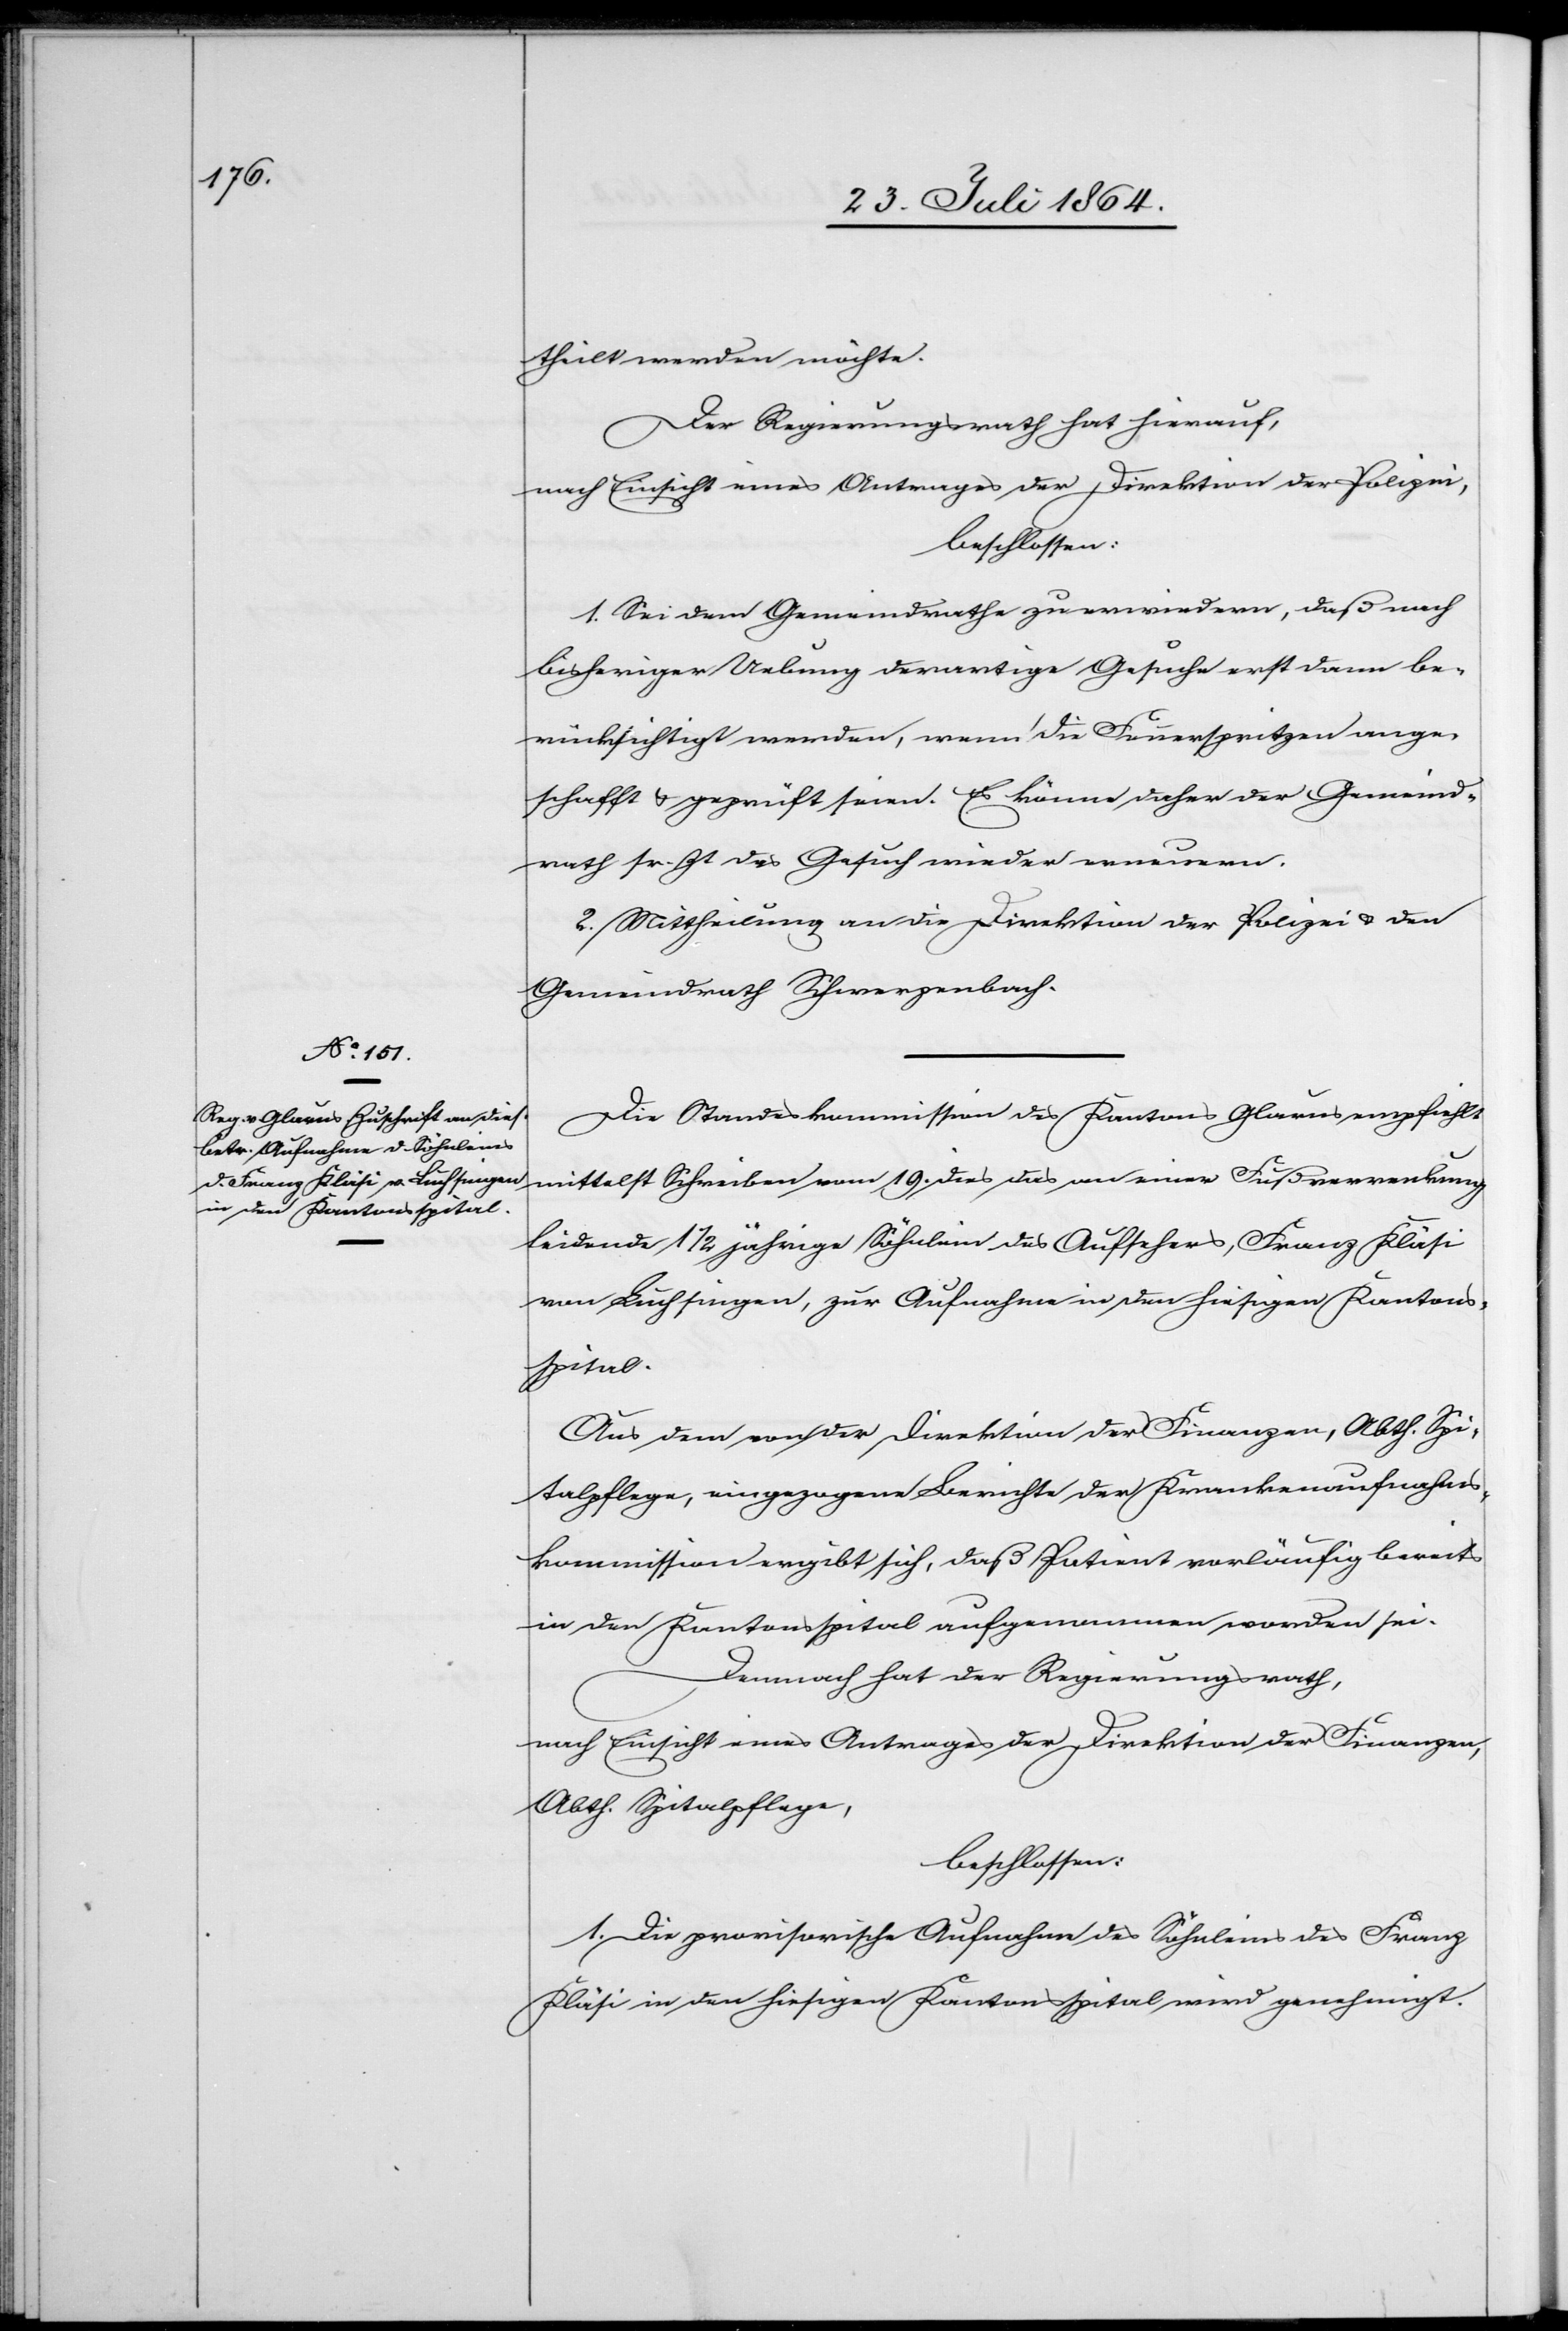
theilt werden möchte.
Der Regierungsrath hat hierauf,
nach Einsicht eines Antrages der Direktion der Polizei,
beschlossen:
1. Sei dem Gemeindrathe zu erwiedern, daß nach
bisheriger Uebung derartige Gesuche erst dann be¬
rücksichtigt werden, wenn die Feuerspritzen ange¬
schafft & geprüft seien. Es könne daher der Gemeind¬
rath sr. Zt. das Gesuch wieder erneuern.
2. Mittheilung an die Direktion der Polizei & den
Gemeindrath Schwerzenbach.
Die Standeskommission des Kantons Glarus empfiehlt
mittelst Schreiben vom 19. dies das an einer Fußverrenkung
leidende 1 1/2 jährige Söhnlein des Aufsehers, Franz Kläsi
von Luchsingen, zur Aufnahme in den hiesigen Kantons¬
spital.
Aus dem von der Direktion der Finanzen, Abth. Spi¬
talpflege, eingezogenen Berichte der Krankenaufnahms¬
kommission ergibt sich, daß Patient vorläufig bereits
in den Kantonsspital aufgenommen worden sei.
Demnach hat der Regierungsrath,
nach Einsicht eines Antrages der Direktion der Finanzen,
Abth. Spitalpflege,
beschlossen:
1. Die provisorische Aufnahme des Söhnleins des Franz
Kläsi in den hiesigen Kantonsspital wird genehmigt.